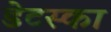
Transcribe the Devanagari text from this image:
डेटस्का